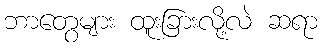
ဘာတွေများ ထူးခြားလို့လဲ ဆရာ